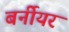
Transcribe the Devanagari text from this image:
बर्नीयर